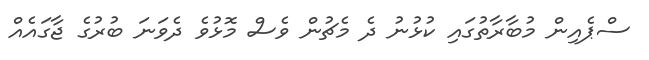
ސްޕެއިން މުބާރާތުގައި ކުޅުނު ދެ މެޗުން ވެސް މޮޅުވެ ދެވަނަ ބުރުގެ ޖާގައެއް